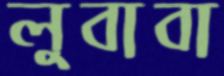
লুবাবা